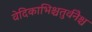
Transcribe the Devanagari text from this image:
वेदिकाभिश्चतुर्वनैश्च